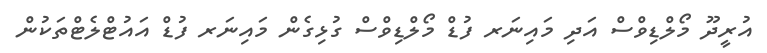
އުރީދޫ މޯލްޑިވްސް އަދި މައިނަރ ފުޑް މޯލްޑިވްސް ގުޅިގެން މައިނަރ ފުޑް އައުޓްލެޓްތަކުން